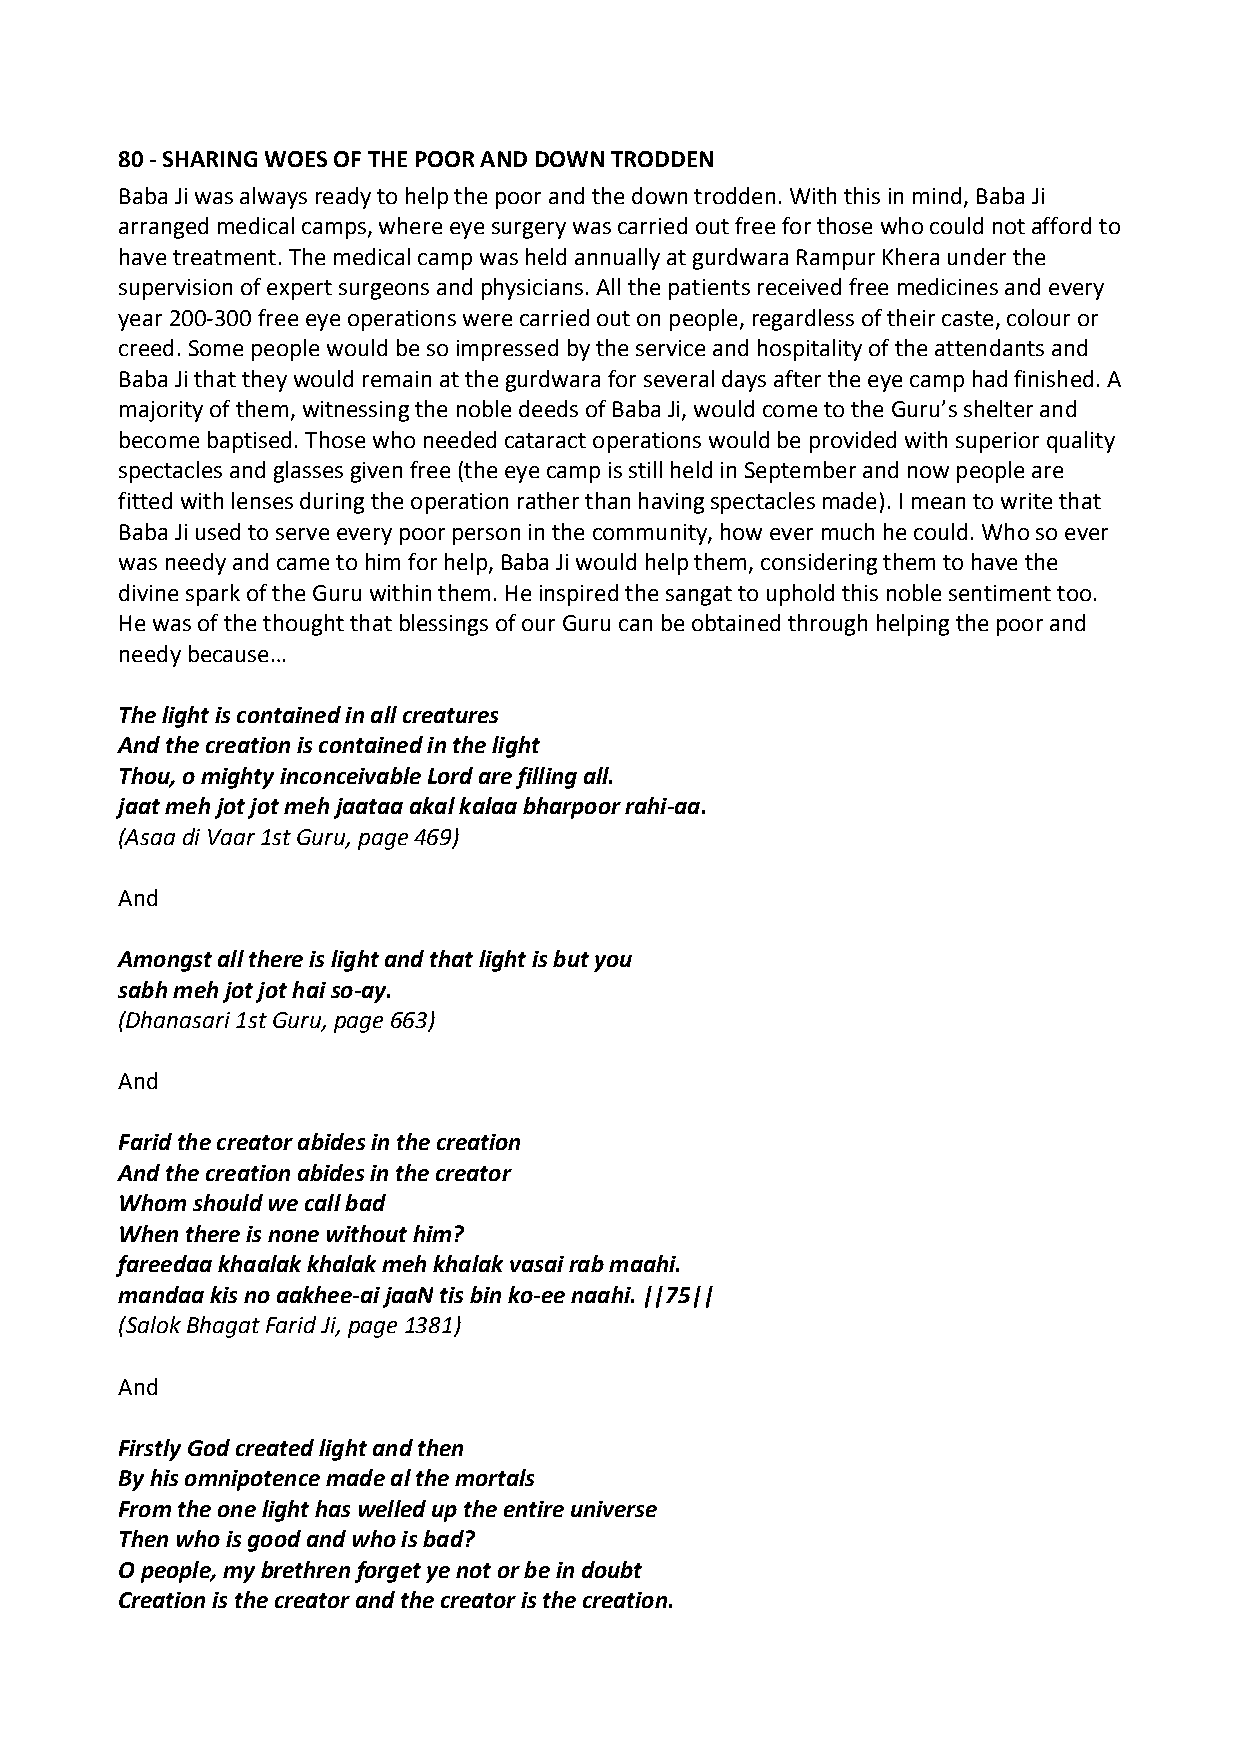
80 ‐ SHARING WOES OF THE POOR AND DOWN TRODDEN
 Baba Ji was always ready to help the poor and the down trodden. With this in mind, Baba Ji
 arranged medical camps, where eye surgery was carried out free for those who could not afford to
 have treatment. The medical camp was held annually at gurdwara Rampur Khera under the
 supervision of expert surgeons and physicians. All the patients received free medicines and every
 year 200‐300 free eye operations were carried out on people, regardless of their caste, colour or
 creed. Some people would be so impressed by the service and hospitality of the attendants and
 Baba Ji that they would remain at the gurdwara for several days after the eye camp had finished. A
 majority of them, witnessing the noble deeds of Baba Ji, would come to the Guru’s shelter and
 become baptised. Those who needed cataract operations would be provided with superior quality
 spectacles and glasses given free (the eye camp is still held in September and now people are
 fitted with lenses during the operation rather than having spectacles made). I mean to write that
 Baba Ji used to serve every poor person in the community, how ever much he could. Who so ever
 was needy and came to him for help, Baba Ji would help them, considering them to have the
 divine spark of the Guru within them. He inspired the sangat to uphold this noble sentiment too.
 He was of the thought that blessings of our Guru can be obtained through helping the poor and
 needy because…
 The light is contained in all creatures
 And the creation is contained in the light
 Thou, o mighty inconceivable Lord are filling all.
 jaat meh jot jot meh jaataa akal kalaa bharpoor rahi‐aa.
 (Asaa di Vaar 1st Guru, page 469)
 And
 Amongst all there is light and that light is but you
 sabh meh jot jot hai so‐ay.
 (Dhanasari 1st Guru, page 663)
 And
 Farid the creator abides in the creation
 And the creation abides in the creator
 Whom should we call bad
 When there is none without him?
 fareedaa khaalak khalak meh khalak vasai rab maahi.
 mandaa kis no aakhee‐ai jaaN tis bin ko‐ee naahi. ||75||
 (Salok Bhagat Farid Ji, page 1381)
 And
 Firstly God created light and then
 By his omnipotence made al the mortals
 From the one light has welled up the entire universe
 Then who is good and who is bad?
 O people, my brethren forget ye not or be in doubt
 Creation is the creator and the creator is the creation.